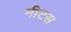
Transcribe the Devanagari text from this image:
नीटस